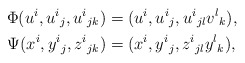
\begin{align*}\Phi(u^i,u^i{}_j,u^i{}_{jk})&=(u^i,u^i{}_j,u^i{}_{jl}v^l{}_k),\\*\Psi(x^i,y^i{}_j,z^i{}_{jk})&=(x^i,y^i{}_j,z^i{}_{jl}y^l{}_k),\end{align*}